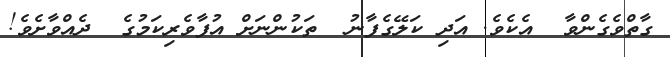
ގާތްވެގެންވާ  އެކެވެ. އަދި ކަލޭގެފާނު  ތަކުންނަށް އުފާވެރިކަމުގެ  ދެއްވާށެވެ!